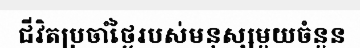
ជីវិតប្រចាំថ្ងៃរបស់មនុស្សមួយចំនួន